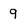
Character: 9